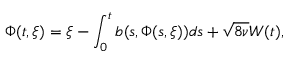
\Phi ( t , \xi ) = \xi - \int _ { 0 } ^ { t } b ( s , \Phi ( s , \xi ) ) d s + \sqrt { 8 \nu } W ( t ) ,